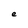
Character: e